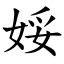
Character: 娞